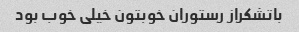
باتشکراز رستوران خوبتون خیلی خوب بود